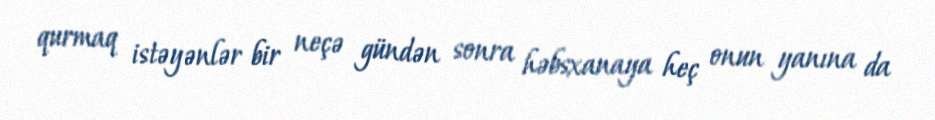
qurmaq istəyənlər bir neçə gündən sonra həbsxanaya heç onun yanına da